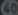
400